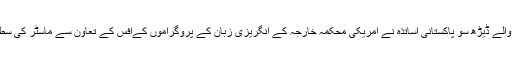
سال ۲۰۰۹ء سے اب تک انگریزی پڑھانے والے ڈیڑھ سو پاکستانی اساتذہ نے امریکی محکمہ خارجہ کے انگریزی زبان کے پروگراموں کےآفس کے تعاون سے ماسٹر کی سطح کے ای ٹیچر کورسز میں شرکت کی ہے۔